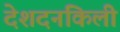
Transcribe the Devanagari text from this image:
देशदनकिली